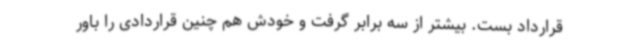
قرارداد بست. بیشتر از سه برابر گرفت و خودش هم چنین قراردادی را باور